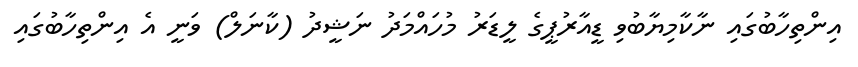
އިންތިހާބުގައި ނާކާމިޔާބުވި ޑީއާރުޕީގެ ލީޑަރު މުހައްމަދު ނަޝީދު (ކާނަލް) ވަނީ އެ އިންތިހާބުގައި